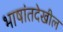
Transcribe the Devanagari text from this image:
भाषांतदेखील